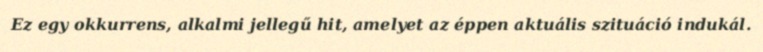
Ez egy okkurrens, alkalmi jellegű hit, amelyet az éppen aktuális szituáció indukál.